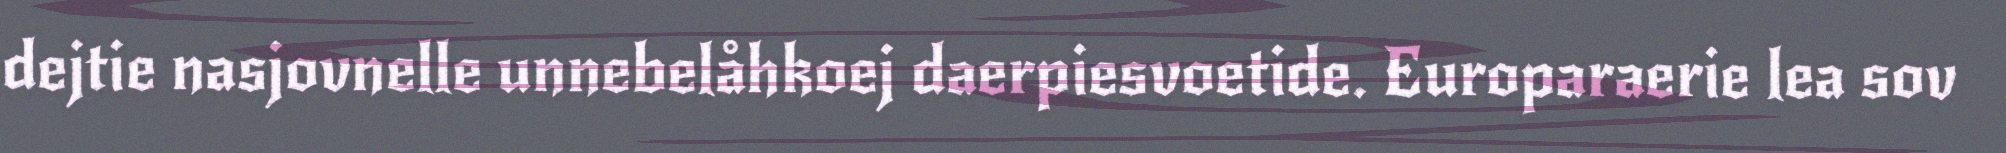
dejtie nasjovnelle unnebelåhkoej daerpiesvoetide. Europaraerie lea sov